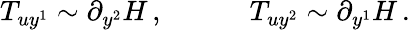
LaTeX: T_{uy^{1}}\sim\partial_{y^{2}}H\, ,\quad\quad\quad T_{uy^{2}}\sim\partial_{y^{1}}H\, .